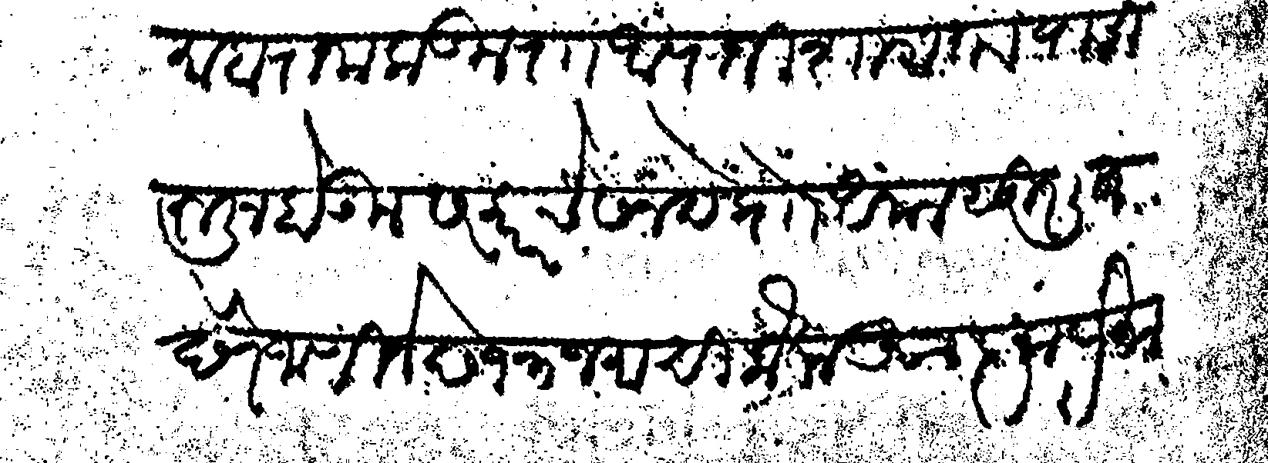
Transliteration (Devanagari): माहाराजा कडून रा आपाजी शामराव यासी रूजू होऊन सरकारचे सनदे प्राो अमल सुरलित देणे जाणिजे छ१३ जमादिलौल आज्ञा प्रमा